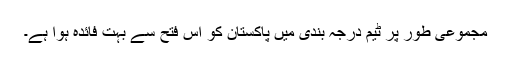
مجموعی طور پر ٹیم درجہ بندی میں پاکستان کو اس فتح سے بہت فائدہ ہوا ہے۔